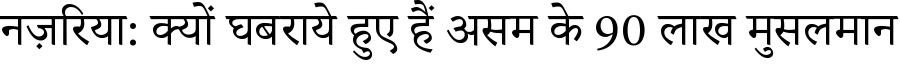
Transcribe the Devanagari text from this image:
नज़रिया: क्यों घबराये हुए हैं असम के 90 लाख मुसलमान